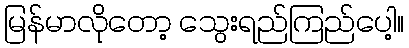
မြန်မာလိုတော့ သွေးရည်ကြည်ပေါ့။